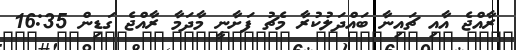
ރާއްޖެ އާއި ޗައިނާ ބައްދަލުކުރާ މެޗު ފަށާނީ މާދަމާ ރާއްޖެ ގަޑިން 16:35